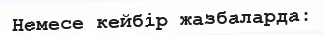
Немесе кейбір жазбаларда: